Vaccine operations Central Provinces & Berar 1912-1920 - 1912-1920
Year: 1912
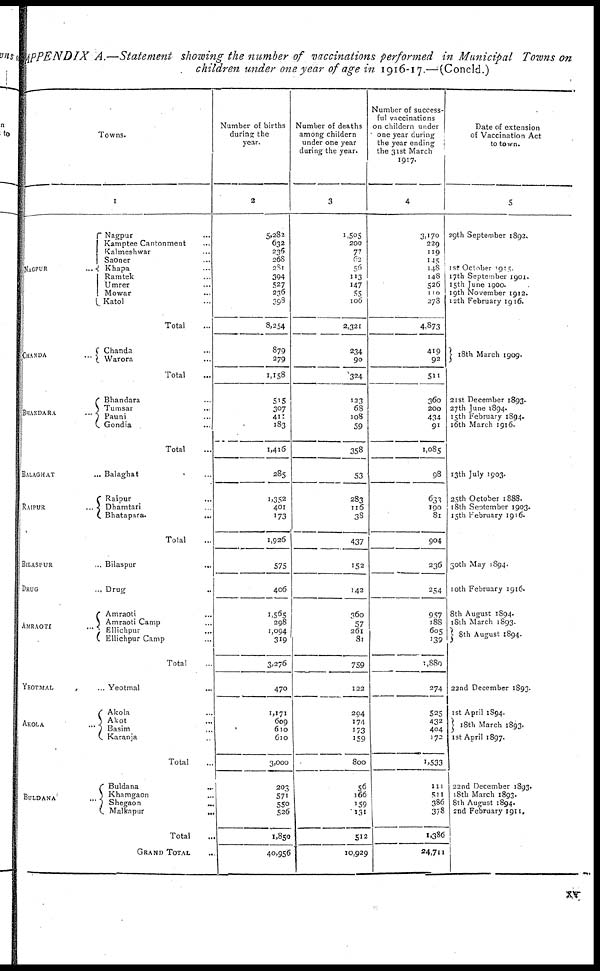
APPENDIX A.—Statement showing the number of vaccinations performed in Municipal Towns on
children under one year of age in 1916-17.—(Concld.)
Towns.
1
NAGPUR ...
CHANDA ...
BHANDARA ...
BALAGHAT ...
RAIPUR ...
BILASPUR ...
DRUG ...
AMRAOTI ...
YEOTMAL ...
AKOLA ...
BULDANA ...
Nagpur ...
Kamptee Cantonment ...
Kalmeshwar ...
Saoner ...
Khapa ...
Ramtek ...
Umrer ...
Mowar ...
Katol ...
Total ...
Chanda ...
Warora ...
Total ...
Bhandara ...
Tumsar ...
Pauni ...
Gondia ...
Total ...
Balaghat ...
Raipur ...
Dhamtari ...
Bhatapara. ...
Total ...
Bilaspur ...
Drug ...
Amraoti ...
Amraoti Camp ...
Ellichpur ...
Ellichpur Camp ...
Total ...
Yeotmal ...
Akola ...
Akot ...
Basim
...
Karanja ...
Total ...
Buldana ...
Khamgaon ...
Shegaon ...
Malkapur
...
Total ...
GRAND TOTAL ...
Number of births
during the
year.
2
5,282
632
236
268
281
394
527
236
398
3,254
879
279
1,158
515
307
411
183
1,416
285
1,352
401
173
1,926
575
406
1,565
298
1,094
319
3,276
470
1,171
609
610
610
3,000
203
571
550
526
1,850
40,956
Number of deaths
among childern
under one year
during the year.
3
1,505
200
77
62
56
113
147
55
106
2,321
234
90
324
123
68
108
59
358
53
283
116
38
437
152
142
360
57
261
81
759
122
204
174
173
159
800
56
166
159
131
512
10,929
Number of success-
ful vaccinations
on childern under
one year during
the year ending
the 31st March
1917.
4
3,170
229
119
145
148
148
526
110
278
4,873
419
92
511
360
200
434
91
1,085
98
633
190
81
904
236
254
957
188
605
139
1,880
274
525
432
404
172
1,533
111
511
386
378
1,386
24,711
Date of extension
of Vaccination Act
to town.
5
29th September 1892.
1st October 1915
17th September 1901.
15th June 1900.
19th November 1912.
12th February 1916.
18th March 1909.
21st December 1893.
27th June 1894.
15th February 1894.
16th March 1916.
13th July 1903.
25th October 1888.
18th September 1903.
15th February 1916.
30th May 1894.
10th February 1916.
8th August 1894.
18th March 1893.
8th August 1894.
22nd December 1893.
1st April 1894.
18th March 1893.
1st April 1897.
22nd December 1893.
18th March 1893.
8th August 1894.
2nd February 1911.
xv